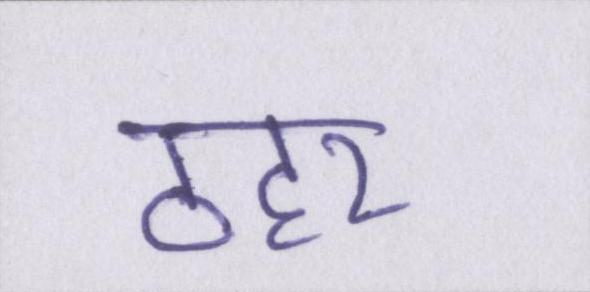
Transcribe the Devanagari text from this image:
ठहर